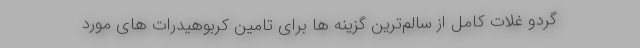
گردو غلات کامل از سالم‌ترین گزینه ها برای تامین کربوهیدرات های مورد